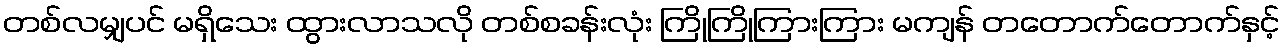
တစ်လမျှပင် မရှိသေး ထွားလာသလို တစ်စခန်းလုံး ကြိုကြိုကြားကြား မကျန် တတောက်တောက်နှင့်